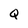
Character: Q